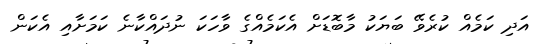
އަދި ކަމެއް ކުރެވޭ ބަޔަކު މާބޮޑަށް އެކަމެއްގެ ވާހަކަ ނުދައްކާނެ ކަމަށާއި އެކަން